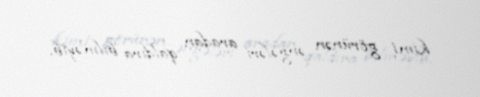
kimi görünən əngələri aradan qaldıra bilməyib.